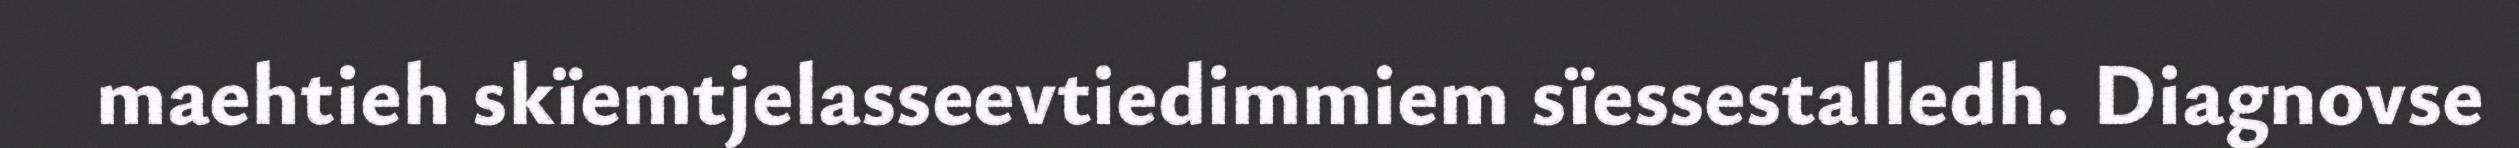
maehtieh skïemtjelasseevtiedimmiem sïessestalledh. Diagnovse